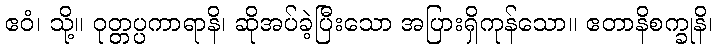
ဧဝံ၊ သို့။ ဝုတ္တပ္ပကာရာနိ၊ ဆိုအပ်ခဲ့ပြီးသော အပြားရှိကုန်သော။ ဧတာနိစက္ခုနိ၊